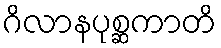
ဂိလာနပုစ္ဆကာတိ